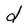
Character: d